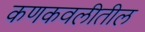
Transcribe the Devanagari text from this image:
कणकवलीतील